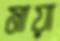
মায়া